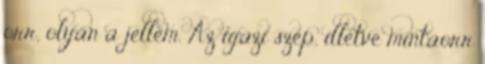
orr, olyan a jellem. Az igazi szép, illetve mintaorr